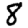
Digit: 8